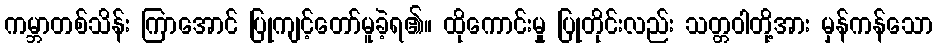
ကမ္ဘာတစ်သိန်း ကြာအောင် ပြုကျင့်တော်မူခဲ့ရ၏။ ထိုကောင်းမှု ပြုတိုင်းလည်း သတ္တဝါတို့အား မှန်ကန်သော